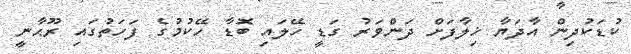
ކުޑަކުދިން އާދަޔާ ޚިލާފަށް ދަންވަރު ގަޑީ ހޭލައި ބޮޑާ ހޭކުމުގެ ފަހަތުގައި ރޫޙާނީ